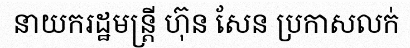
នាយករដ្ឋមន្ត្រី ហ៊ុន សែន ប្រកាសលក់